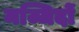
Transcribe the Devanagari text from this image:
मज्जिदों